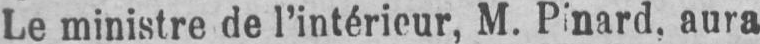
Le ministre de l’intérieur, M. Pinard, aura